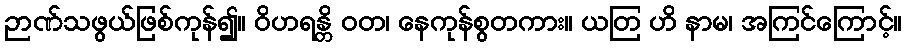
ဉာဏ်သဖွယ်ဖြစ်ကုန်၍။ ဝိဟရန္တိ ဝတ၊ နေကုန်စွတကား။ ယတြ ဟိ နာမ၊ အကြင်ကြောင့်။